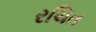
રચિત